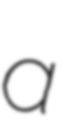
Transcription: a